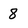
Character: 8